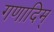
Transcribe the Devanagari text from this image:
गणादिम्